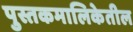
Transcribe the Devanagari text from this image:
पुस्तकमालिकेतील